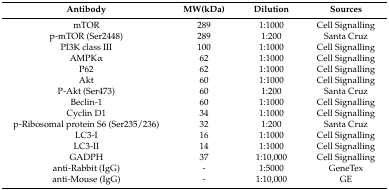
<table><thead><tr><td><b>Antibody</b></td><td><b>MW(kDa)</b></td><td><b>Dilution</b></td><td><b>Sources</b></td></tr></thead><tbody><tr><td>mTOR</td><td>289</td><td>1:1000</td><td>Cell Signalling</td></tr><tr><td>p-mTOR (Ser2448)</td><td>289</td><td>1:200</td><td>Santa Cruz</td></tr><tr><td>PI3K class III</td><td>100</td><td>1:1000</td><td>Cell Signalling</td></tr><tr><td>AMPKα</td><td>62</td><td>1:1000</td><td>Cell Signalling</td></tr><tr><td>P62</td><td>62</td><td>1:1000</td><td>Cell Signalling</td></tr><tr><td>Akt</td><td>60</td><td>1:1000</td><td>Cell Signalling</td></tr><tr><td>P-Akt (Ser473)</td><td>60</td><td>1:200</td><td>Santa Cruz</td></tr><tr><td>Beclin-1</td><td>60</td><td>1:1000</td><td>Cell Signalling</td></tr><tr><td>Cyclin D1</td><td>34</td><td>1:1000</td><td>Cell Signalling</td></tr><tr><td>p-Ribosomal protein S6 (Ser235/236)</td><td>32</td><td>1:200</td><td>Santa Cruz</td></tr><tr><td>LC3-I</td><td>16</td><td>1:1000</td><td>Cell Signalling</td></tr><tr><td>LC3-II</td><td>14</td><td>1:1000</td><td>Cell Signalling</td></tr><tr><td>GADPH</td><td>37</td><td>1:10,000</td><td>Cell Signalling</td></tr><tr><td>anti-Rabbit (IgG)</td><td>-</td><td>1:5000</td><td>GeneTex</td></tr><tr><td>anti-Mouse (IgG)</td><td>-</td><td>1:10,000</td><td>GE</td></tr></tbody></table>